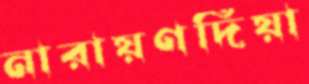
নারায়ণদিয়া